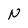
Character: N